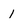
Character: 1